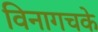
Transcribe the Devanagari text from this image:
विनागचके